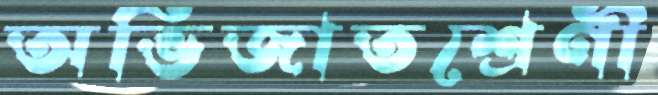
অভিজাতশ্রেণী